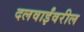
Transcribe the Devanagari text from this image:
दलवाईंवरील